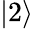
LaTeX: \left|2\right\rangle